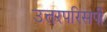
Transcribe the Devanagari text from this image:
उत्तरपरिसर्पी